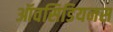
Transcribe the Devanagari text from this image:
ऑवसिडियनस